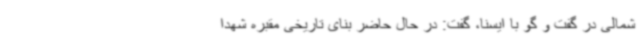
شمالی در گفت و گو با ایسنا، گفت: در حال حاضر بنای تاریخی مقبره شهدا